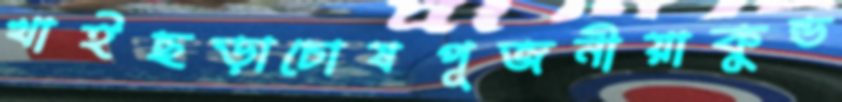
খাইছড়াচোষপূজনীয়াকুন্ড